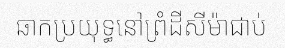
ឆាកប្រយុទ្ធនៅព្រំដីសីម៉ាជាប់